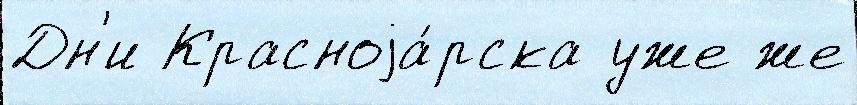
Дн'и Красноjа́рска уже же